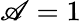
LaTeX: \mathscr{A}=1